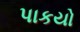
પાકયો